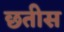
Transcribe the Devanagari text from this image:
छतीस